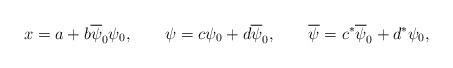
LaTeX: \begin{align*}x=a+b\overline{\psi }_{0}\psi _{0} ,\qquad\psi =c\psi _{0}+d\overline{\psi} _{0} ,\qquad\overline{\psi} =c^*\overline{\psi} _{0}+d^*\psi _{0},\end{align*}